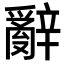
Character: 辭